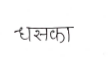
मजकूर: धसका